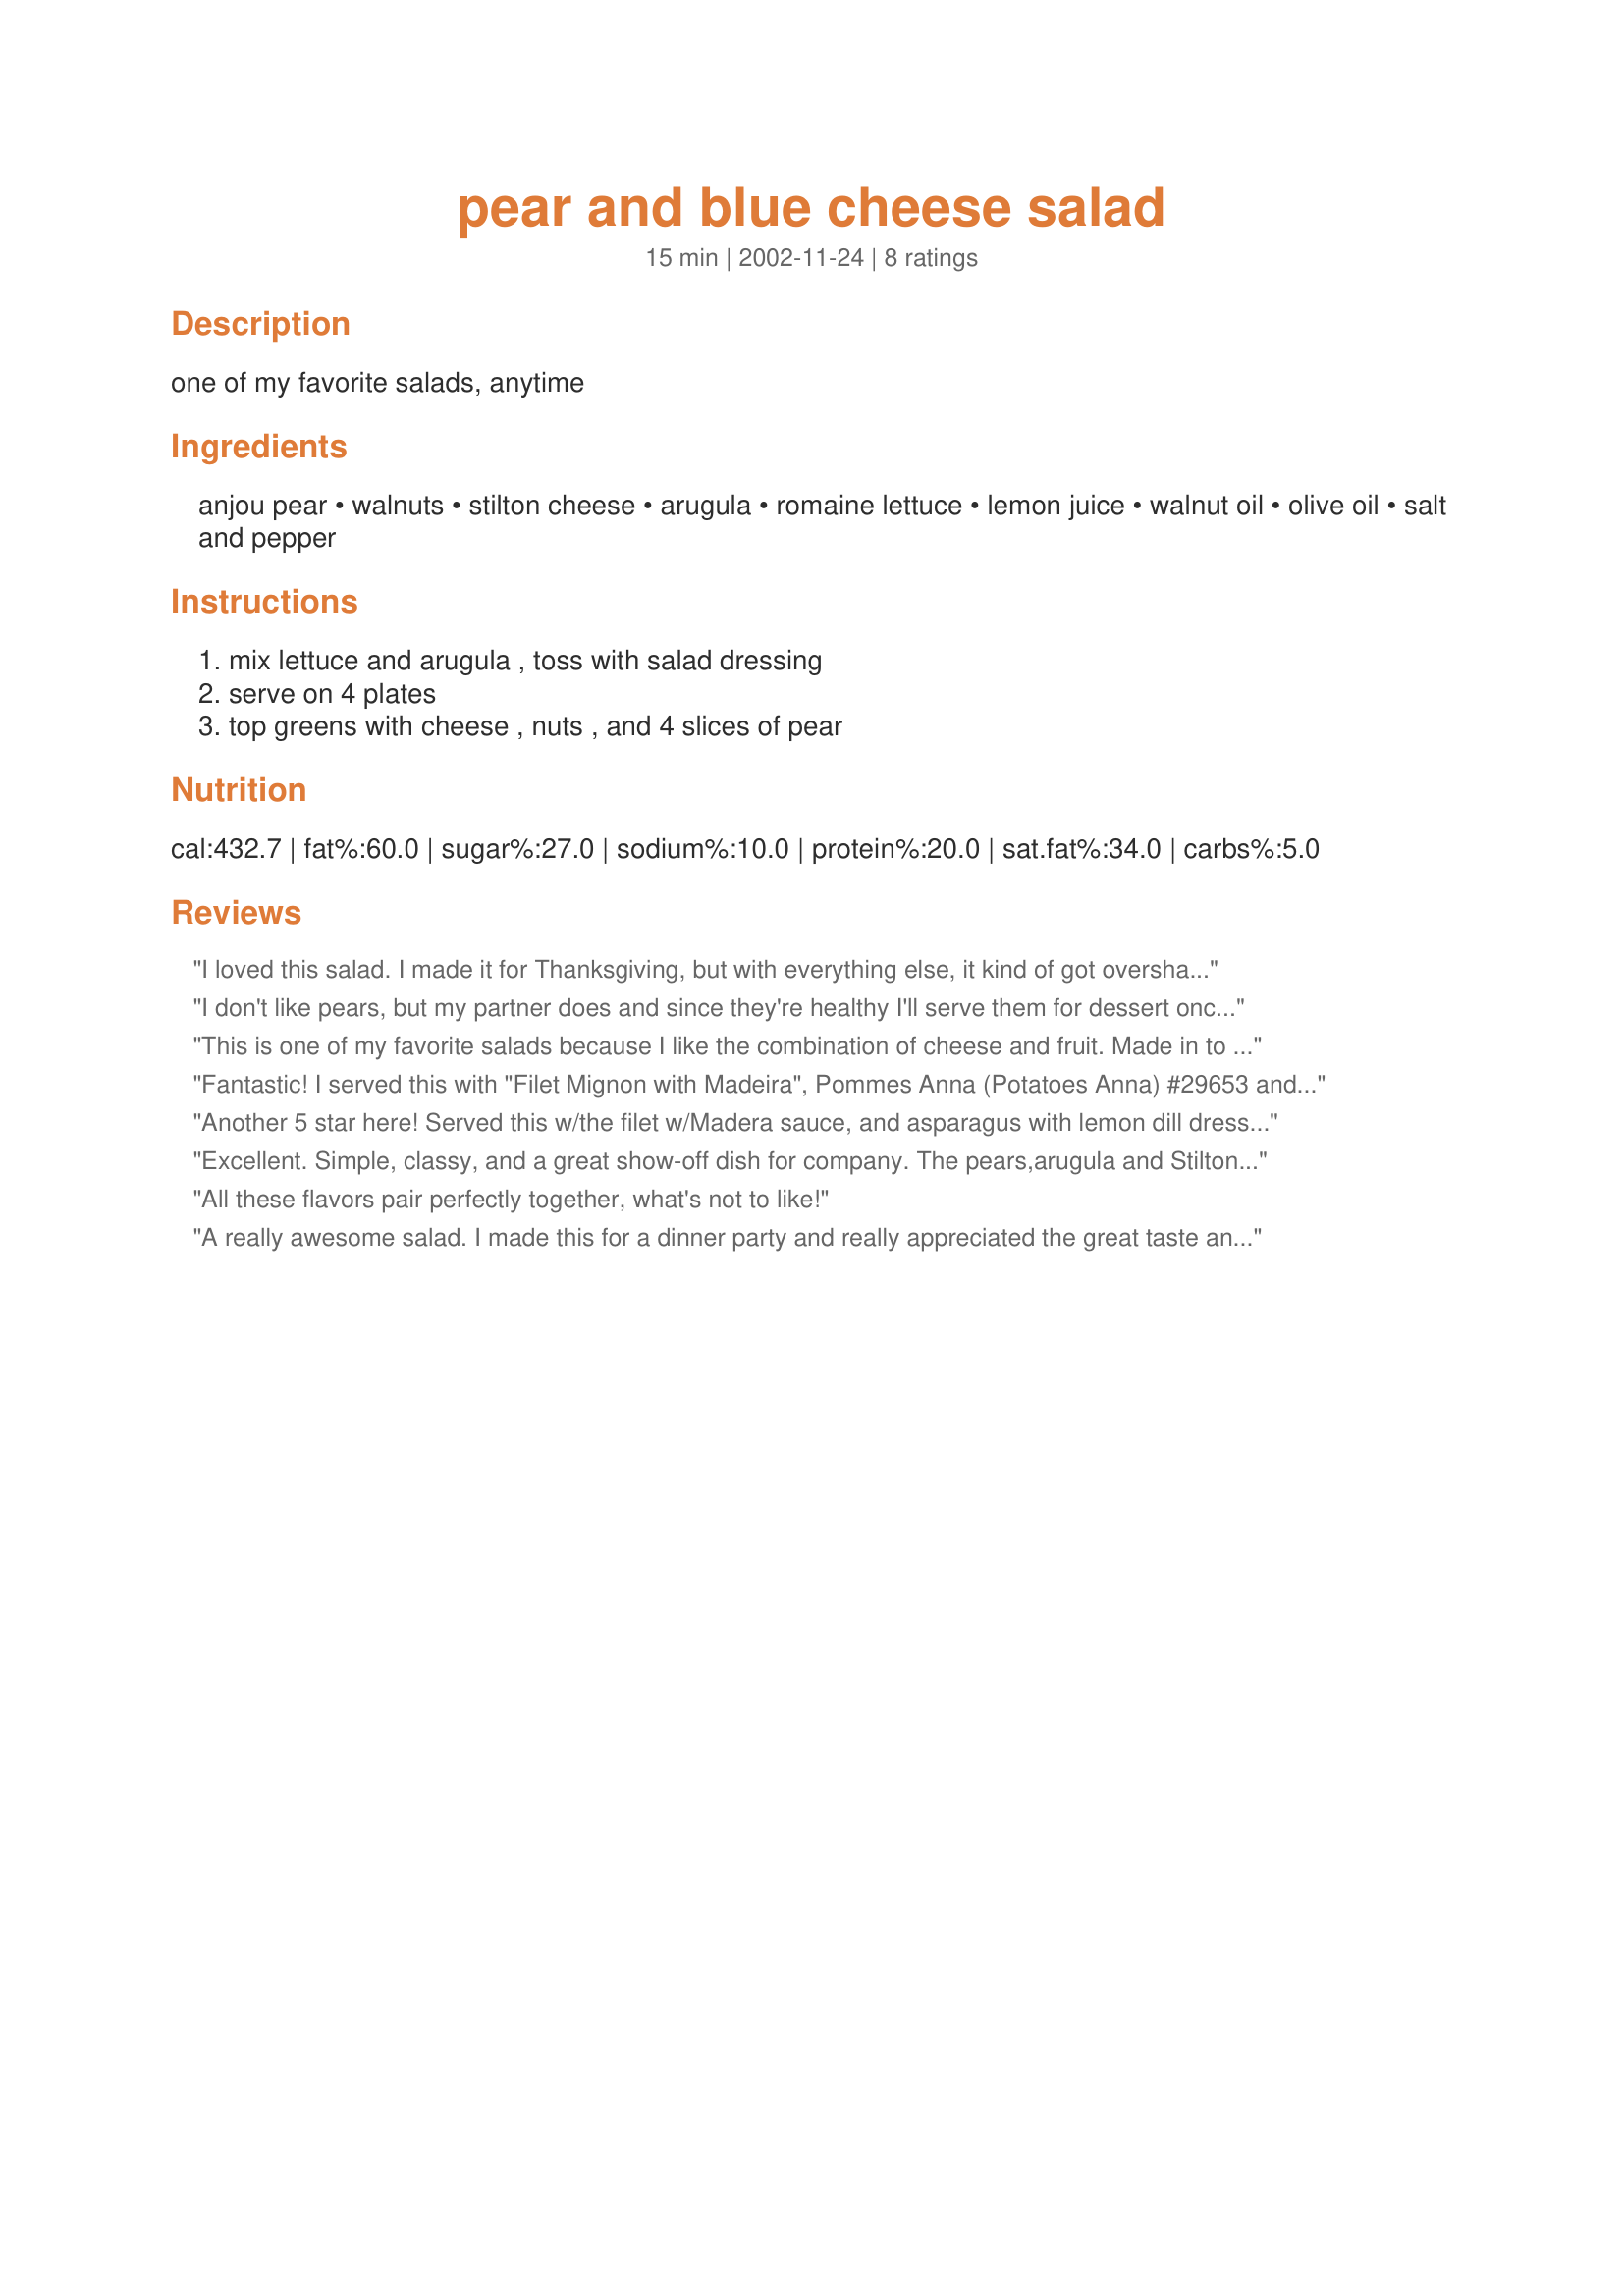
pear and blue cheese salad
Preparation time: 15 minutes

one of my favorite salads, anytime

Ingredients:
anjou pear, walnuts, stilton cheese, arugula, romaine lettuce, lemon juice, walnut oil, olive oil, salt and pepper

Steps:
mix lettuce and arugula , toss with salad dressing, serve on 4 plates, top greens with cheese , nuts , and 4 slices of pear

Reviews:
I loved this salad. I made it for Thanksgiving, but with everything else, it kind of got overshadowed. DH does not like blue cheese, but I love it. Being an old fashioned Catholic, I don't eat meat on Fridays, so I made a big bowl of this for my Friday after Thanksgiving dinner. It was wonderful. I used Romaine for the greens. The combination with the blue cheese, the nuts and the pears. Thanks!
I don't like pears, but my partner does and since they're healthy I'll serve them for dessert once in awhile (we always have fruit for dessert). This is the only way I've had pears that I actually enjoyed them! The dressing is tangy with the hint of walnut flavor and complements the richness of the fruit so well!

Thanks for sharing a good recipe!

Okay, we had this again (already) last night. I cubed the quartered pears and used cubed vermont white cheddar. The contrast in tastes was incredible! Also did not use the arugula since we had this as our dessert. Thanks again!
This is one of my favorite salads because I like the combination of cheese and fruit. Made in to 2 servings using less walnuts, arugula and lettuce but stuck to the rest of the recipe and we enjoyed it very much.For anybody making this, choose a full flavor blue cheese but it should not be sharp because that can spoil the salad. Thanks Chia!
Fantastic! I served this with "Filet Mignon with Madeira", Pommes Anna (Potatoes Anna) #29653 and Asparagus with Thyme #16856 for Valentine's Day. The entire meal was a hit. Super easy and simple dressing, but wow...such great taste!
Another 5 star here! Served this w/the filet w/Madera sauce, and asparagus with lemon dill dressing. I omitted the pears for me, but used them for hubby's salad. Another recipe I will use again. Thanks for posting!
Excellent. Simple, classy, and a great show-off dish for company. The pears,arugula and Stilton cheese tastes really shine through and the dressing has a light taste that does not overpower the star ingredients. Delicious and as lovely to look at as it tastes.
All these flavors pair perfectly together, what's not to like!
A really awesome salad. I made this for a dinner party and really appreciated the great taste and visual appeal of this elegant salad. This had it all, from the sweet crunch of the pear, to the creamy sharpness of the Stilton, and the dressing was perfect for the greens (in my case, a combo of radicchio and rocket). Thank you!
